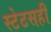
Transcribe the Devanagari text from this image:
स्टेटसही